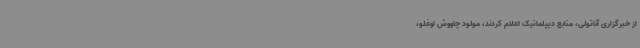
از خبرگزاری آناتولی، منابع دیپلماتیک اعلام کردند، مولود چاووش اوغلو،